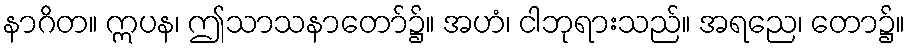
နာဂိတ။ ဣပန၊ ဤသာသနာတော်၌။ အဟံ၊ ငါဘုရားသည်။ အရညေ၊ တော၌။